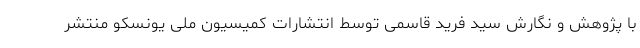
با پژوهش و نگارش سید فرید قاسمی توسط انتشارات کمیسیون ملی یونسکو منتشر